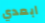
ابعدي